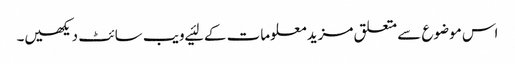
اس موضوع سے متعلق مزید معلومات کے لئیے ویب سائٹ دیکھیں۔